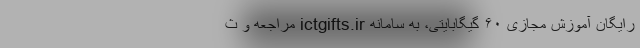
رایگان آموزش مجازی ۶۰ گیگابایتی، به سامانه ictgifts.ir مراجعه و ث